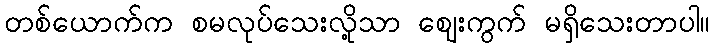
တစ်ယောက်က စမလုပ်သေးလို့သာ ဈေးကွက် မရှိသေးတာပါ။